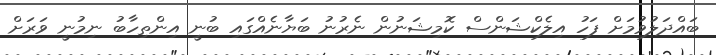
ބައްދަލުވުމަށް ފަހު އިލެކްޝަންސް ކޮމިޝަނުން ނެރުނު ބަޔާނެއްގައި ބުނީ އިންތިހާބު ނިމުނީ ވަރަށް